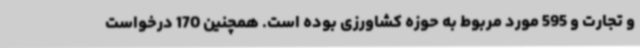
و تجارت و 595 مورد مربوط به حوزه کشاورزی بوده است. همچنین 170 درخواست